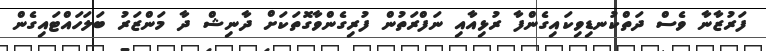
ފަރުޒާނާ ވެސް ދަތްކުނޑިވިކައިގެންފާ ރުޅިއާއި ނަފްރަތުން ފުރިގެންވާގޮތަކަށް ދާނިޝް ދާ މަންޒަރު ބަލަހައްޓައިގެން